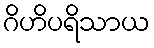
ဂိဟိပရိသာယ